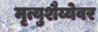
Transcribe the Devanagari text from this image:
मृत्युशैय्येवर